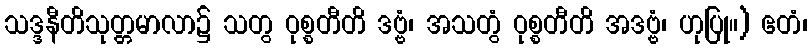
သဒ္ဒနီတိသုတ္တမာလာ၌ သတွ ဝုစ္စတီတိ ဒဗ္ဗံ၊ အသတွံ ဝုစ္စတီတိ အဒဗ္ဗံ၊ ဟုပြု။) ဧတံ၊